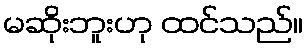
မဆိုးဘူးဟု ထင်သည်။